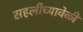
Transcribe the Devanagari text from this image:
सहलीच्यावेळी